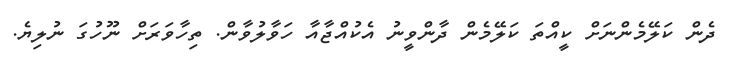
ދެން ކަލޭމެންނަށް ކީއްތަ ކަލޭމެން ދާންވީނު އެކުއްޖާއާ ހަވާލުވާން. ތިހާވަރަށް ނޫހުގަ ނުލިޔެ.